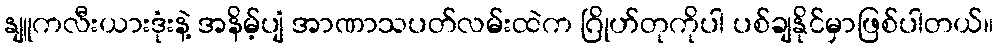
နျူကလီးယားဒုံးနဲ့ အနိမ့်ပျံ အာဏာသပတ်လမ်းထဲက ဂြိုဟ်တုကိုပါ ပစ်ချနိုင်မှာဖြစ်ပါတယ်။